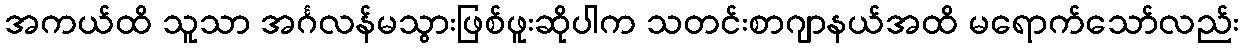
အကယ်ထိ သူသာ အင်္ဂလန်မသွားဖြစ်ဖူးဆိုပါက သတင်းစာဂျာနယ်အထိ မရောက်သော်လည်း